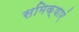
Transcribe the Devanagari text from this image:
समिक्षाएं